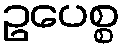
ဥပေစ္စ